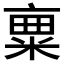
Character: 𱹌